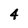
Character: 4